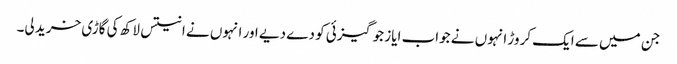
جن میں سے ایک کروڑ انہوں نے جواب ایاز جوگیزئی کو دے دیے اور انہوں نے انتیس لاکھ کی گاڑی خرید لی۔